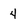
Character: 4